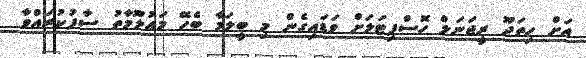
އަށް ހިތަދޫ ރީޖަނަލް ހޮސްޕިޓަލަށް ވަޑައިގެން މި ބީލަމާ ބެހޭ މަޢުލޫމާތު ސާފުކުރައްވާ